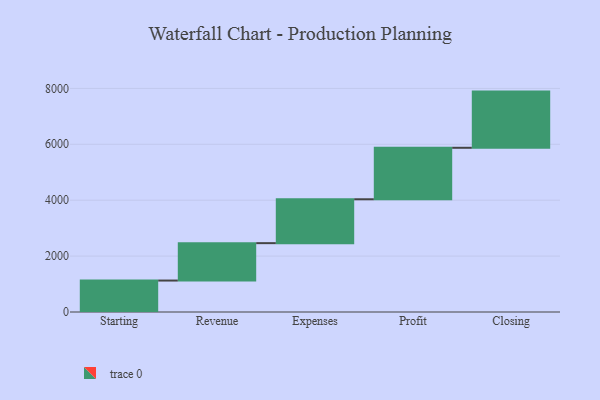
{"axis": {"x": "Step", "y": "Value"}, "legend": [""], "data": [{"x": "Starting", "y": 1125.0, "type": ""}, {"x": "Revenue", "y": 1338.0, "type": ""}, {"x": "Expenses", "y": 1570.0, "type": ""}, {"x": "Profit", "y": 1842.0, "type": ""}, {"x": "Closing", "y": 2010.0, "type": ""}]}